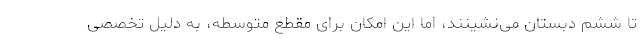
تا ششم دبستان می‌نشینند، اما این امکان برای مقطع متوسطه، به دلیل تخصصی